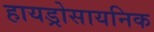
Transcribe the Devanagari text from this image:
हायड्रोसायनिक